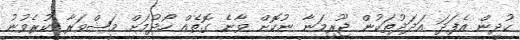
ކުދިން އެފަދަ އަދަދުތަކުން ޖޫރިމަނާ ނުކޮށް ވާނެ ގޮތެއް ހޯދުމަށް މަޝްވަރާ ކުރެވުނު